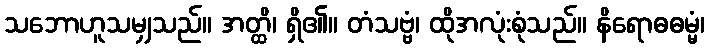
သဘောဟူသမျှသည်။ အတ္ထိ၊ ရှိ၏။ တံသဗ္ဗံ၊ ထိုအလုံးစုံသည်။ နိရောဓဓမ္မံ၊